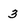
Character: 3